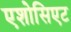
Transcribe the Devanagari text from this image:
एशोसिएट